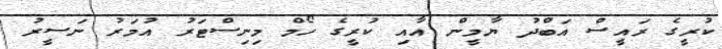
ކުރީގެ ރައީސް އަބްދު ޔާމީން އާއި ކުރީގެ ހޯމް މިނިސްޓަރު އުމަރު ނަސީރު